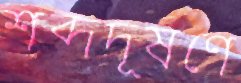
শব্দদূষণে